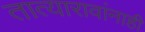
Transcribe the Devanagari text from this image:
तात्यारावांनाही